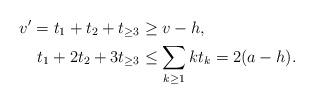
LaTeX: \begin{align*} v'=t_1+ t_2+ t_{\geq 3} &\geq v-h, \\t_1+2t_2+3t_{\geq 3}&\leq \sum_{k\geq 1}kt_k=2(a-h). \end{align*}